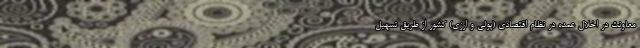
معاونت در اخلال عمده در نظام اقتصادی (پولی و ارزی) کشور از طریق تسهیل